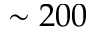
\sim 2 0 0